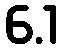
6.1